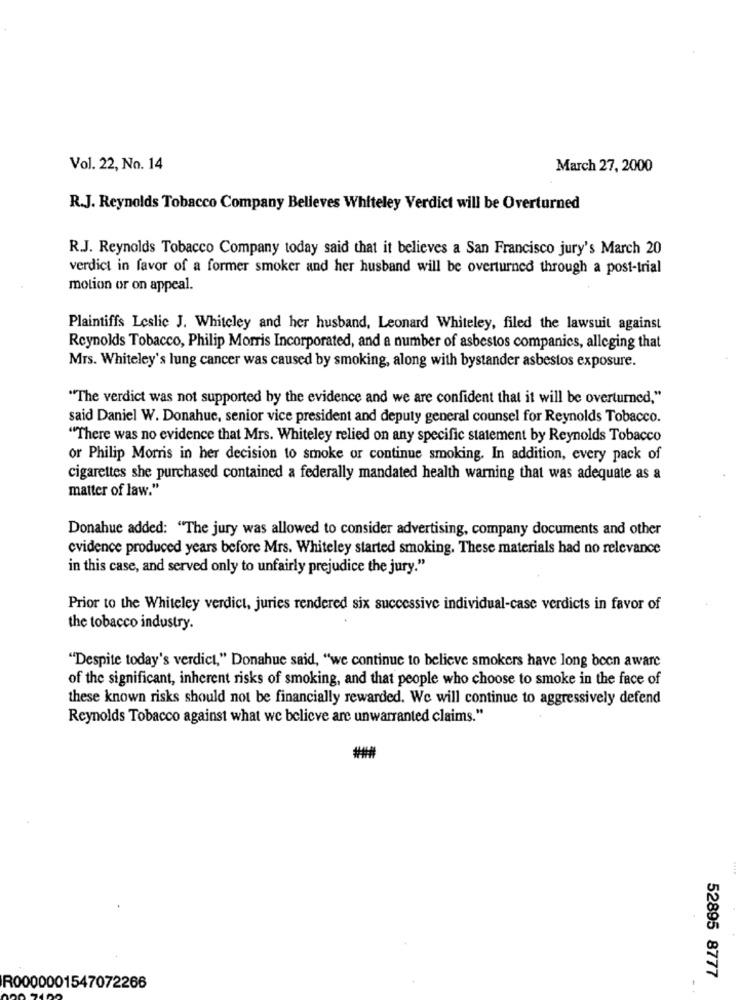
Vol. 22, No. 14
March 27, 2000
R.J. Reynolds Tobacco Company Believes Whiteley Verdict will be Overturned
R.J. Reynolds Tobacco Company today said that it believes a San Francisco jury's March 20
verdict in favor of a former smoker and her husband will be overturned through a post-trial
motion or on appeal.
Plaintiffs Leslie J. Whiteley and her husband, Leonard Whiteley, filed the lawsuit against
Reynolds Tobacco, Philip Morris Incorporated, and a number of asbestos companies, alleging that
Mrs. Whiteley's lung cancer was caused by smoking, along with bystander asbestos exposure.
"The verdict was not supported by the evidence and we are confident that it will be overturned,"
said Daniel W. Donahue, senior vice president and deputy general counsel for Reynolds Tobacco.
"There was no evidence that Mrs. Whiteley relied on any specific statement by Reynolds Tobacco
or Philip Morris in her decision to smoke or continue smoking. In addition, every pack of
cigarettes she purchased contained a federally mandated health warning that was adequate as a
matter of law."
Donahue added: "The jury was allowed to consider advertising, company documents and other
evidence produced years before Mrs. Whiteley started smoking. These materials had no relevance
in this case, and served only to unfairly prejudice the jury."
Prior to the Whiteley verdict, juries rendered six successive individual-case verdicts in favor of
the tobacco industry.
"Despite today's verdict," Donahue said, "we continue to believe smokers have long been aware
of the significant, inherent risks of smoking, and that people who choose to smoke in the face of
these known risks should not be financially rewarded. We will continue to aggressively defend
Reynolds Tobacco against what we believe are unwarranted claims."
52895 8777
R0000001547072266
. .